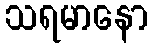
သရမာနော